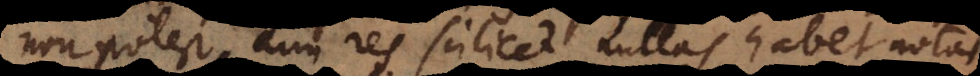
non potest, cum res scilicet nullas habet notas,